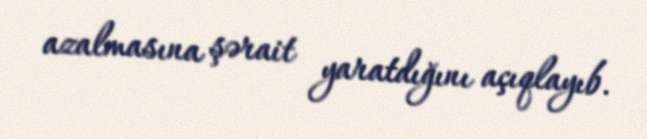
azalmasına şərait yaratdığını açıqlayıb.